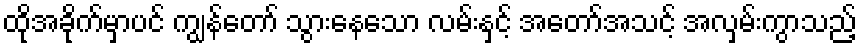
ထိုအခိုက်မှာပင် ကျွန်တော် သွားနေသော လမ်းနှင့် အတော်အသင့် အလှမ်းကွာသည့်